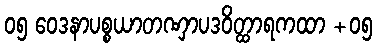
၀၅ ဝေဒနာပစ္စယာတဏှာပဒဝိတ္ထာရကထာ +၀၅